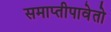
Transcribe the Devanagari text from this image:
समाप्तीपावेतो